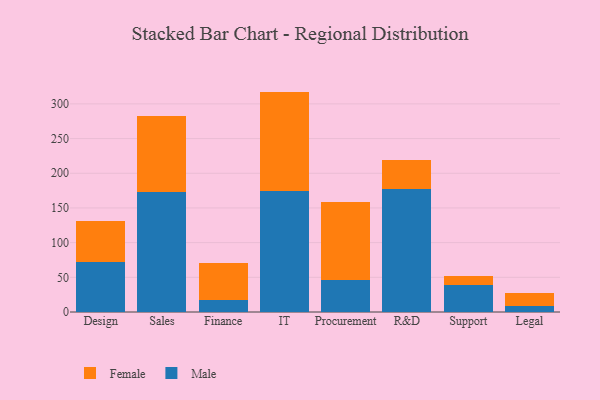
{"axis": {"x": "Department", "y": "Conversion Rate (%)"}, "legend": ["Female", "Male"], "data": [{"x": "Design", "y": 71.9, "type": "Male"}, {"x": "Design", "y": 59.2, "type": "Female"}, {"x": "Sales", "y": 173.5, "type": "Male"}, {"x": "Sales", "y": 108.8, "type": "Female"}, {"x": "Finance", "y": 16.8, "type": "Male"}, {"x": "Finance", "y": 54.4, "type": "Female"}, {"x": "IT", "y": 173.8, "type": "Male"}, {"x": "IT", "y": 143.9, "type": "Female"}, {"x": "Procurement", "y": 46.1, "type": "Male"}, {"x": "Procurement", "y": 112.7, "type": "Female"}, {"x": "R&D", "y": 178.0, "type": "Male"}, {"x": "R&D", "y": 41.2, "type": "Female"}, {"x": "Support", "y": 39.4, "type": "Male"}, {"x": "Support", "y": 11.8, "type": "Female"}, {"x": "Legal", "y": 9.3, "type": "Male"}, {"x": "Legal", "y": 17.7, "type": "Female"}]}